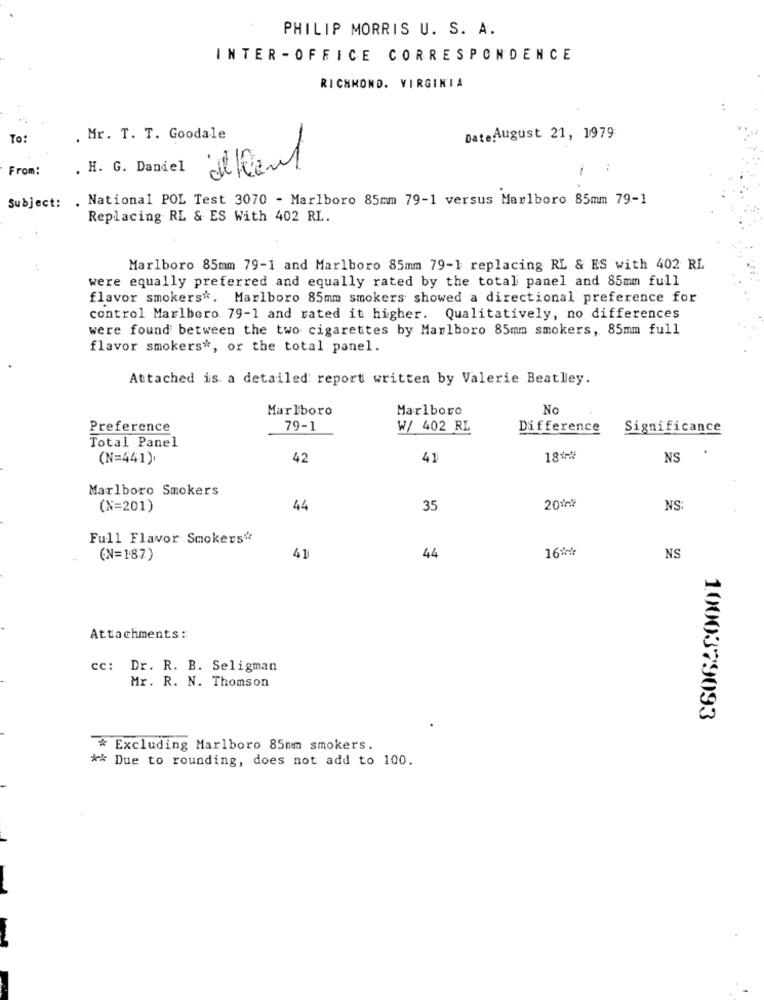
PHILIP MORRIS U. S. A.
INTER - OFFICE CORRESPONDENCE
RICHMOND, VIRGINIA
To:
. Mr. T. T. Goodale
DateAugust 21, 1979
From:
. H. G. Daniel
delland
..
. National POL Test 3070 - Marlboro 85mm 79-1 versus Marlboro 85mm 79-1
Subject:
Replacing RL & ES With 402 RL.
Marlboro 85mm 79-1 and Marlboro 85mm 79-1 replacing RL & ES with 402 RL
were equally preferred and equally rated by the total panel and 85mm full
flavor smokers *. Marlboro 85mm smokers showed a directional preference for
control Marlboro 79-1 and rated it higher. Qualitatively, no differences
were found between the two cigarettes by Marlboro 85mm smokers, 85mm full
flavor smokers *, or the total panel.
Attached is a detailed report written by Valerie Beatley.
Marlboro
Marlboro
No
Preference
79-1
W/ 402 RL
Difference
Significance
Total Panel
(N=441).
42
41
18 **
NS
Marlboro Smokers
(N=201)
44
35
NS:
Full Flavor Smokers"
162
(N=187)
41
44
NS
Attachments:
cc: Dr. R. B. Seligman
Mr. R. N. Thomson
1000379093
* Excluding Marlboro 85mm smokers.
** Due to rounding, does not add to 100.